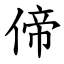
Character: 偙